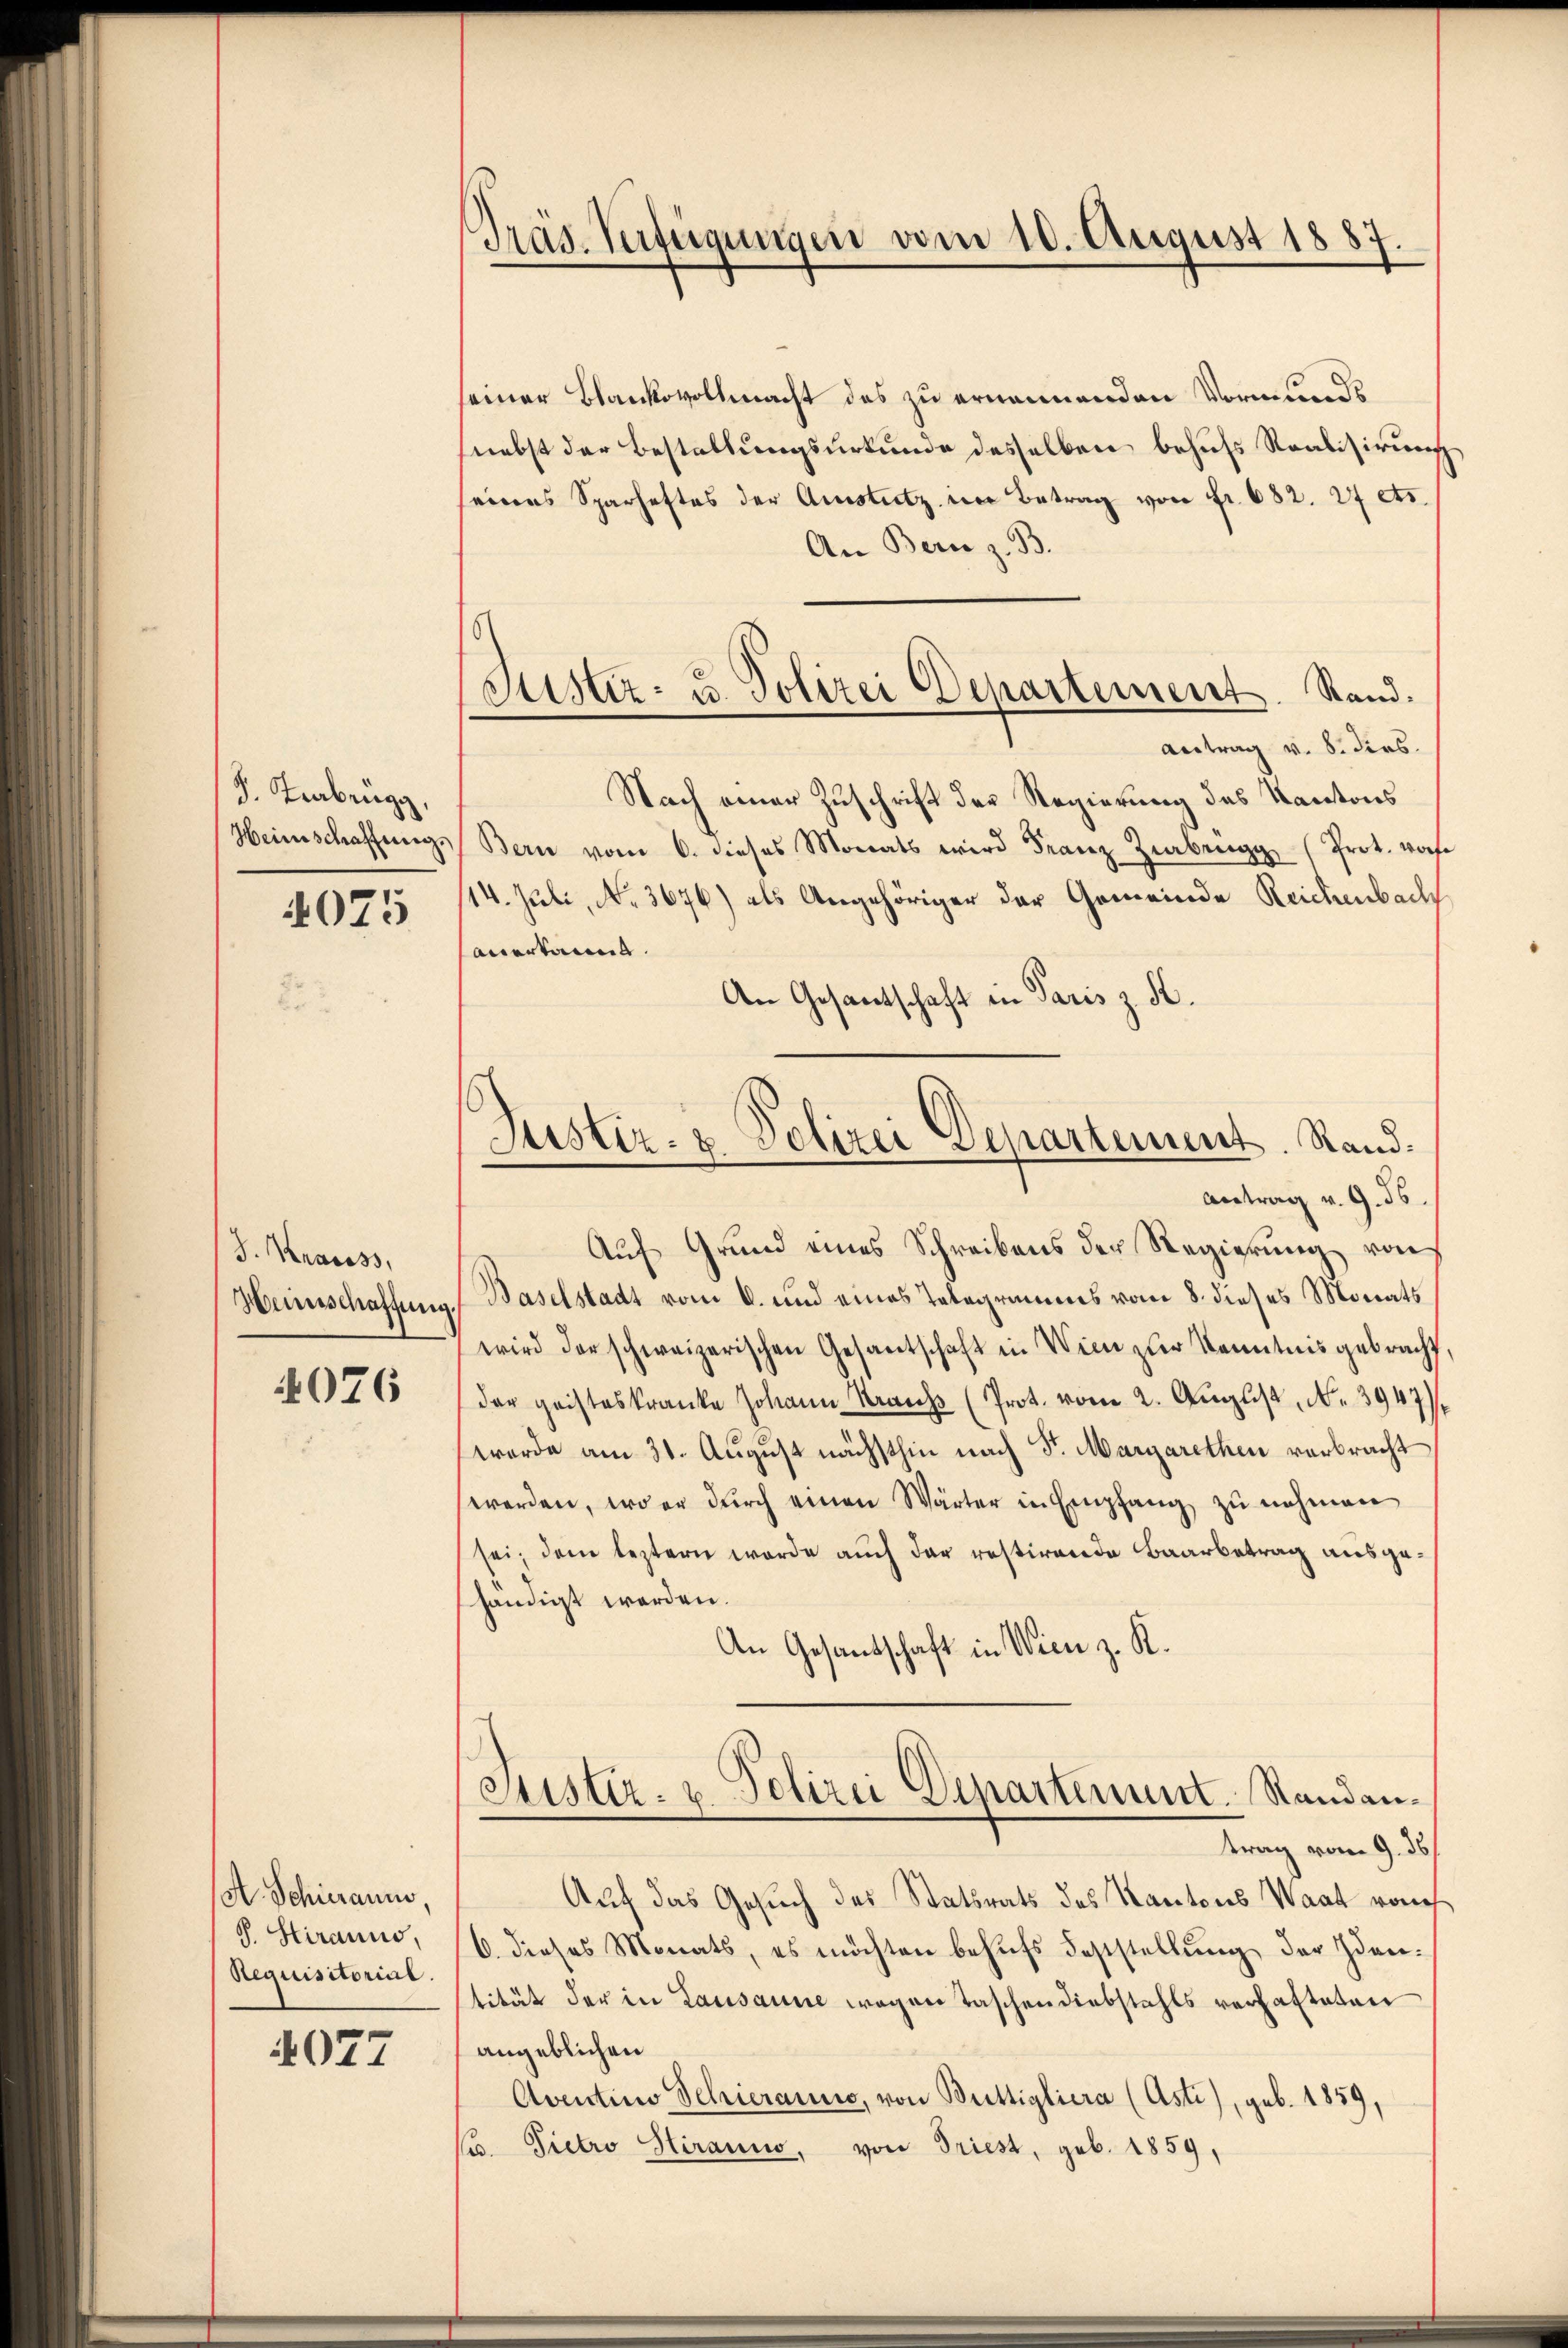
d. Trabrugg,
Heinschaffung

4075

J. Krauss,
Heinschaffung.

4076

A. Schieranno.
S. Stiranno,
Requisitorial.

4077

Präs. Verfügungen vom 10. August 1887.

einer Blankovollmacht des zu ernennenden Vormunds
(nebst der Bestellungsurkunde desselben behufs Realisirung
eines Sparhaftes der Amstutz in Betrag von Fr. 682. 27 ets.
An Bern z. B.
Antrag v. 8. dies.
Nach einer Zuschrift der Regierung des Kantons
Bern vom 6. dieses Monats wird Franz Ziberg (Prot. vo
14. Juli, No. 3676) als Angehöriger der Gemeinde Reichenbach
anerkannt.
An Gesantschaft in Paris z. S.
Auf Grund eines Schreibens der Regierung von
Baselstadt vom 6. und eines Telegramms vom 8. dieses Monats
wird der schweizerischen Gesantschaft in Wien zur Kenntnis gebracht
der geisteskranke Johann Kraus (Prot. vom 2. August, N. 3947).
wurde am 31. August nächsthin nach Sr. Margarethen verbracht
werden, wo er dŭrch einen Wärter in Empfang zŭ nehmen
sei; dem leztern werde auch der restirende Baarbetrag ausgehändigt werden.
An Gesandschaft in Wien z. K.
Stister- u. Polizei Departement. Randantrag vom 9. ds.
Auf das Gesuch des Statsrats des Kantons Waat von
6. dieses Monats, es möchten behŭfs Feststellŭng der Iden-
tität der in Lausanne wegen Taschendiebstahls verhafteten
angeblichen
Aventino Schieranno, von Buttigliera (Asti), geb. 1859,
C. Pietro Hiranno, von Triest, geb. 1859,

Justiz- u. Polizei Departement. Stand.

Justiz- & Polizei Departement. Stand.
Antrag v. 9. 56.